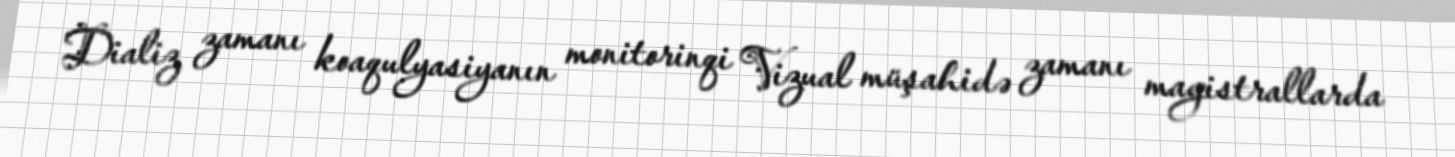
Dializ zamanı koaqulyasiyanın monitorinqi Vizual müşahidə zamanı magistrallarda